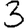
Digit: 3